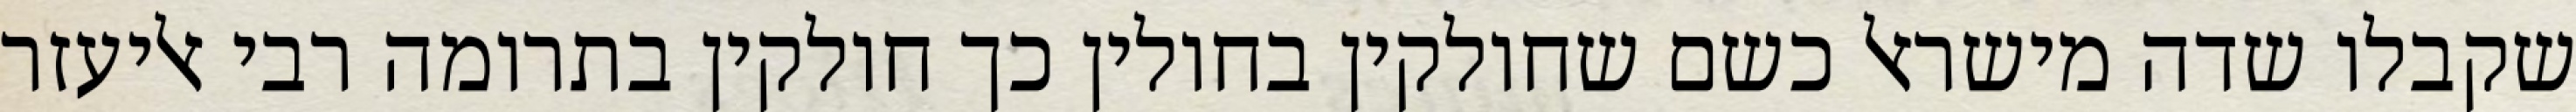
שקבלו שדה מישראל כשם שחולקין בחולין כך חולקין בתרומה רבי אליעזר